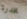
مخدرة